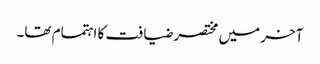
آخر میں مختصر ضیافت کا اہتمام تھا۔